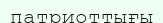
патриоттығы